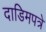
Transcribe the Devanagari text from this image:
दाडिमपत्रे